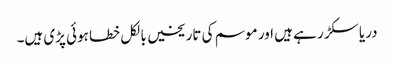
دریا سکڑ ر ہے ہیں اور موسم کی تاریخیں بالکل خطا ہوئی پڑی ہیں۔